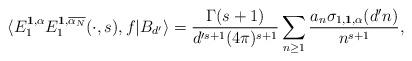
LaTeX: \begin{align*}\langle E_1^{\textbf{1},\alpha} E_1^{\mathbf{1}, \overline{\alpha_N}}(\cdot, s), f|B_{d'} \rangle = \frac{\Gamma(s + 1)}{d'^{s+1}(4 \pi)^{s + 1} } \sum_{n \geq 1} \frac{a_n \sigma_{1,\textbf{1},\alpha}(d'n)}{n^{s + 1}},\end{align*}